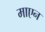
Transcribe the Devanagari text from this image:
माएन